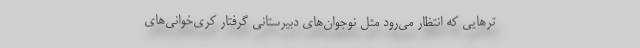
ترهایی که انتظار می‌رود مثل نوجوان‌های دبیرستانی گرفتار کُری‌خوانی‌های